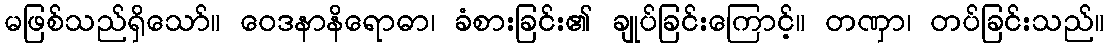
မဖြစ်သည်ရှိသော်။ ဝေဒနာနိရောဓာ၊ ခံစားခြင်း၏ ချုပ်ခြင်းကြောင့်။ တဏှာ၊ တပ်ခြင်းသည်။